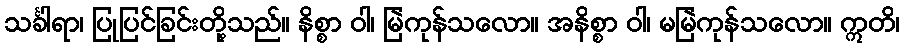
သင်္ခါရာ၊ ပြုပြင်ခြင်းတို့သည်။ နိစ္စာ ဝါ၊ မြဲကုန်သလော။ အနိစ္စာ ဝါ၊ မမြဲကုန်သလော။ ဣတိ၊